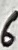
Text: 6